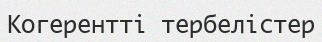
Когерентті тербелістер